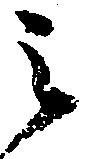
之